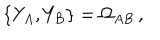
LaTeX: \{ Y _ { A } , Y _ { B } \} = \Omega _ { A B } \, ,